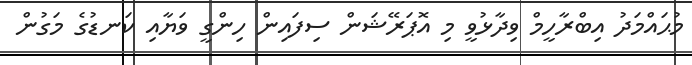
މުޙައްމަދު އިބްރާހީމް ވިދާޅުވީ މި އޮޕަރޭޝަން ސިފައިން ހިންގީ ވަޔާއި ކަނޑުގެ މަގުން